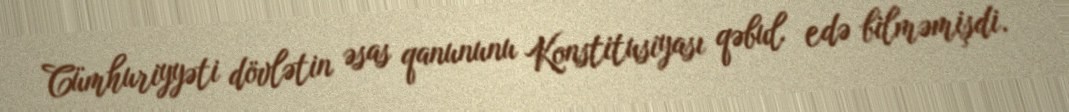
Cümhuriyyəti dövlətin əsas qanununu Konstitusiyası qəbul edə bilməmişdi.